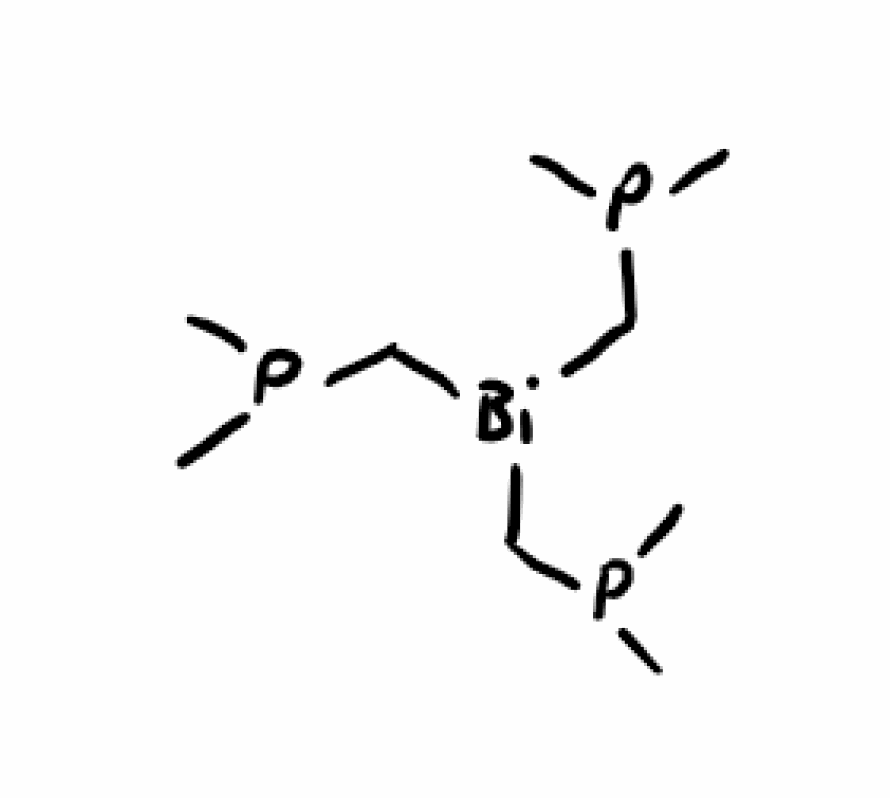
Simplified molecular-input line-entry system (SMILES) notation of the given molecule:
CP(C)C[Bi](CP(C)C)CP(C)C